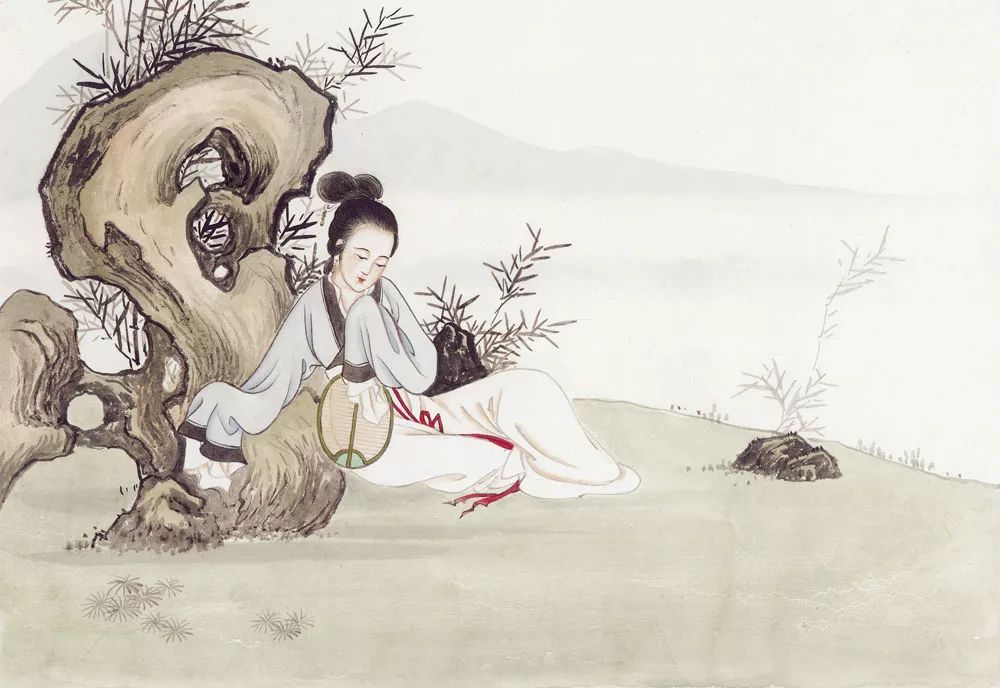
锦瑟无端五十弦，一弦一柱思华年。